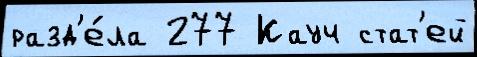
разд'е́ла 277 Кауч стат'ей